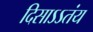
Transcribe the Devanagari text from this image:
दिसाऽऽतंय